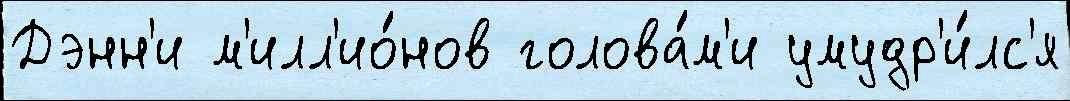
Дэнн'и м'илл'ио́нов голова́м'и умудр'и́лс'я